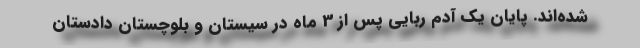
شده‌اند. پایان یک آدم ربایی پس از 3 ماه در سیستان و بلوچستان دادستان